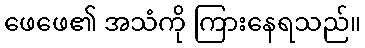
ဖေဖေ၏ အသံကို ကြားနေရသည်။